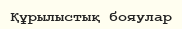
Құрылыстық бояулар